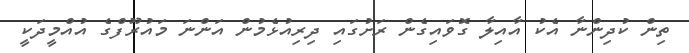
ތިން ކުދިންނާ އެކު އާއިލާ ގޮވައިގެން ރަށުގައި ދިރިއުޅެމުން އަންނަ މައުރޫފްގެ އުއްމީދަކީ